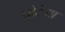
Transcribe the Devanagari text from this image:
प्रोटेया